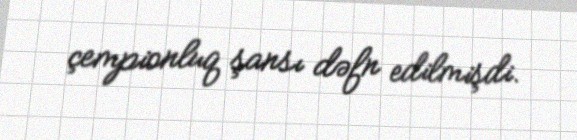
çempionluq şansı dəfn edilmişdi.